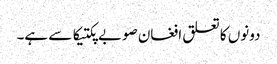
دونوں کا تعلق افغان صوبے پکتیکا سے ہے۔